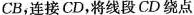
C B$$，连接CD，将线段CD绕点